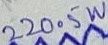
Text: 220.5W